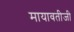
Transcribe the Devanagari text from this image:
मायावतीजी